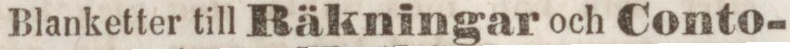
Blanketter till Räkningar och Conto-